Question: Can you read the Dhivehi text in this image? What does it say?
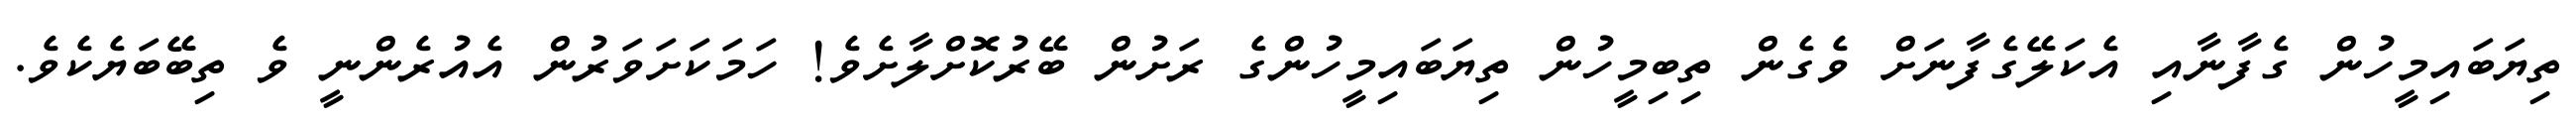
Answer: ތިޔަބައިމީހުން ގެފާނާއި އެކަލޭގެފާނަށް ވެގެން ތިބިމީހުން ތިޔަބައިމީހުންގެ ރަށުން ބޭރުކޮށްލާށެވެ! ހަމަކަށަވަރުން އެއުރެންނީ ވެ ތިބޭބަޔެކެވެ.